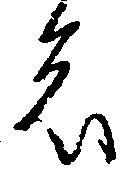
者